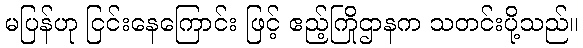
မပြန်ဟု ငြင်းနေကြောင်း ဖြင့် ဧည့်ကြိုဌာနက သတင်းပို့သည်။